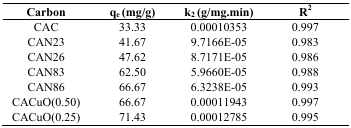
| Carbon | qe (mg/g) | k2 (g/mg.min) | R2 |
 | --- | --- | --- | --- |
 | CAC | 33.33 | 0.00010353 | 0.997 |
 | CAN23 | 41.67 | 9.7166E-05 | 0.983 |
 | CAN26 | 47.62 | 8.7171E-05 | 0.986 |
 | CAN83 | 62.50 | 5.9660E-05 | 0.988 |
 | CAN86 | 66.67 | 6.3238E-05 | 0.993 |
 | CACuO(0.50) | 66.67 | 0.00011943 | 0.997 |
 | CACuO(0.25) | 71.43 | 0.00012785 | 0.995 |